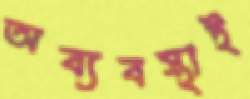
অব্যবস্থাই